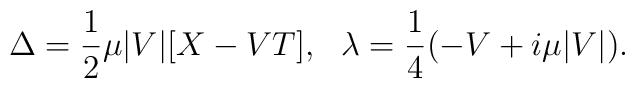
\Delta = {1 \over 2}\mu |V|  [X - VT],  \ \   \lambda={1\over 4 } (- V + i \mu |V|).